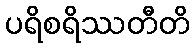
ပရိစရိဿတီတိ